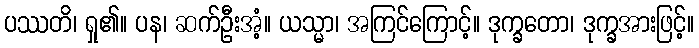
ပဿတိ၊ ရှု၏။ ပန၊ ဆက်ဦးအံ့။ ယသ္မာ၊ အကြင်ကြောင့်။ ဒုက္ခတော၊ ဒုက္ခအားဖြင့်။